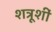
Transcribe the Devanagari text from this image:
शत्रूशीं